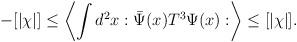
LaTeX: \begin{align*}-[\vert\chi\vert]\leq \left\langle\int d^2x :\bar\Psi(x)T^3\Psi(x):\right\rangle\leq [\vert\chi\vert].\end{align*}